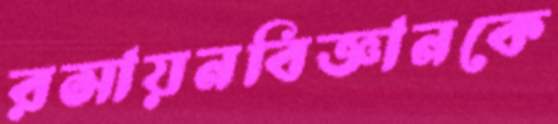
রসায়নবিজ্ঞানকে